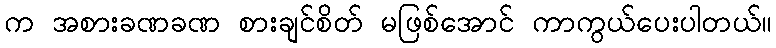
က အစားခဏခဏ စားချင်စိတ် မဖြစ်အောင် ကာကွယ်ပေးပါတယ်။